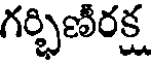
గర్భిణీరక్ష